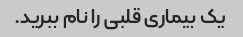
یک بیماری قلبی را نام ببرید.